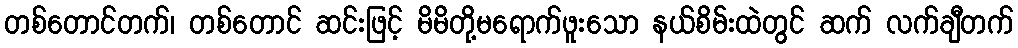
တစ်တောင်တက်၊ တစ်တောင် ဆင်းဖြင့် မိမိတို့မရောက်ဖူးသော နယ်စိမ်းထဲတွင် ဆက် လက်ချီတက်